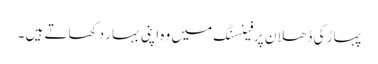
پہاڑ کی ڈھلان پرفینسنگ میں وہ اپنی بہار دکھاتے ہیں ۔